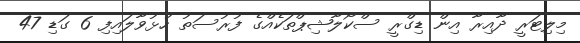
މިލިޓަރީ ދާއިރާ އިން ޑިގްރީ ސްކޯލާޝިޕްތަކެއްގެ ފުރުސަތު ހުޅުވާލައިފި 6 ގަޑި 47